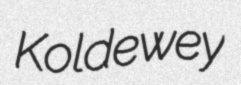
Koldewey